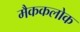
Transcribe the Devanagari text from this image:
मैककलोक